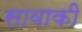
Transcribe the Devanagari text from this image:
सावाकी